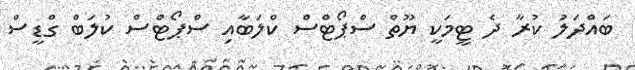
ބައްދަލު ކުރާ ދެ ޓީމަކީ ޔޫތް ސްޕޯޓްސް ކްލަބާއި ސްޕޯޓްސް ކުލަބް ގްޑީސް